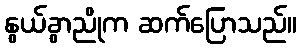
နွယ်ခွာညိုက ဆက်ပြောသည်။